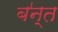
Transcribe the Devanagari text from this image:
ब॑न्त